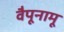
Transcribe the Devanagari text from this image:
वैपूनामू